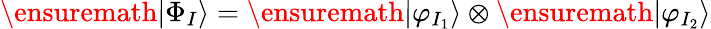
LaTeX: \ensuremath{\vert\Phi_{I}\rangle}=\ensuremath{\vert\varphi_{I_{1}}\rangle}\otimes\ensuremath{\vert\varphi_{I_{2}}\rangle}